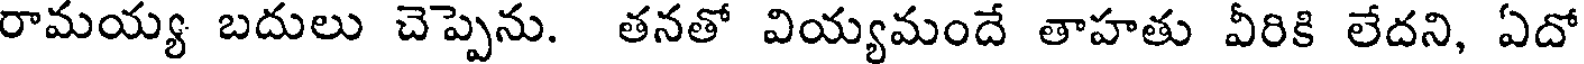
రామయ్య బదులు చెప్పెను. తనతో వియ్యమందే తాహతు వీరికి లేదని, ఏదో